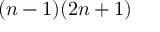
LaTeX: ( n - 1 ) ( 2 n + 1 )